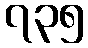
၇၃၅